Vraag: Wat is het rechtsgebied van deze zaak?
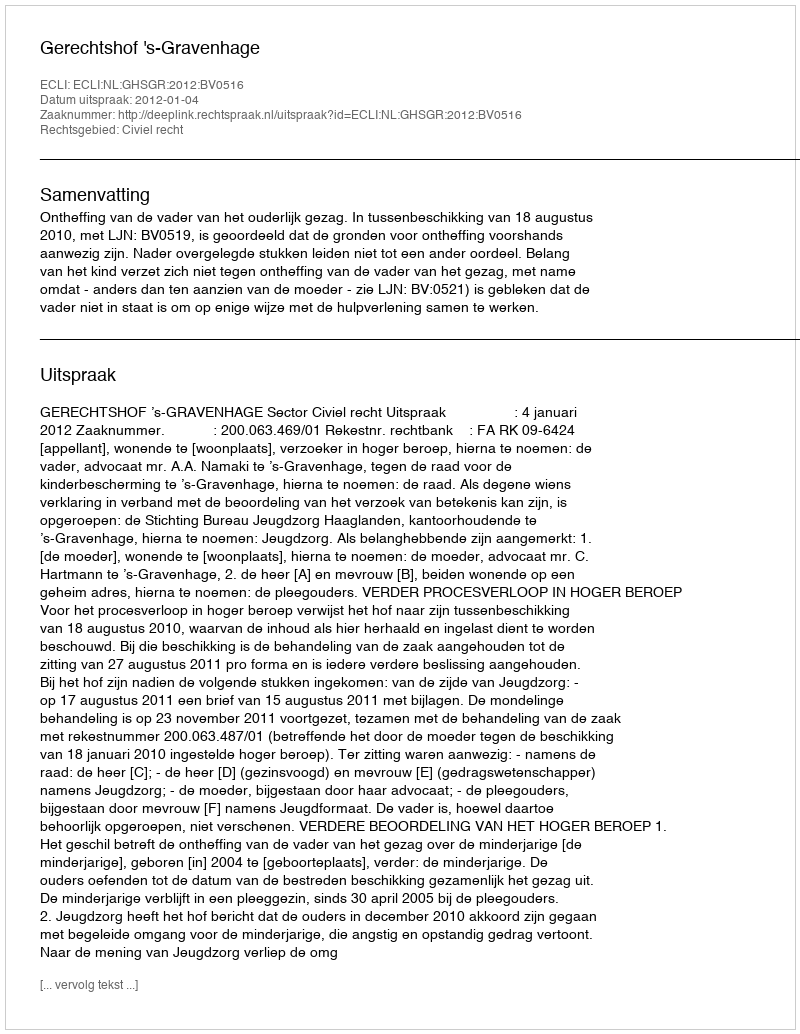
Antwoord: Civiel recht